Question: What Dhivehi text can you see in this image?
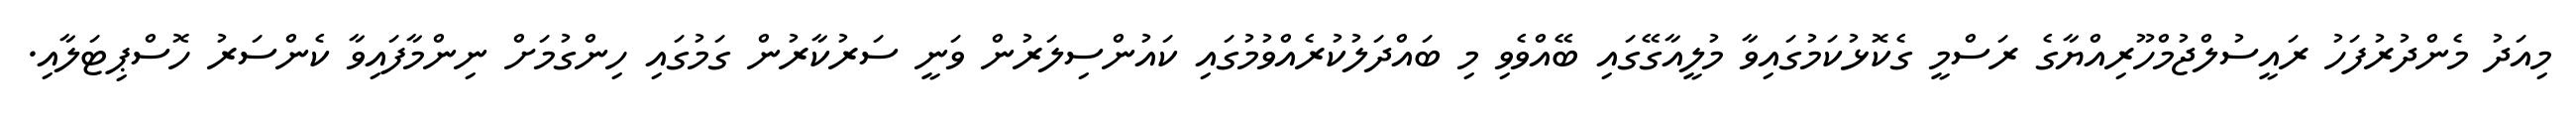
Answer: މިއަދު މެންދުރުފަހު ރައީސުލްޖުމްހޫރިއްޔާގެ ރަސްމީ ގެކޮޅުކަމުގައިވާ މުލީއާގޭގައި ބޭއްވެވި މި ބައްދަލުކުރެއްވުމުގައި ކައުންސިލަރުން ވަނީ ސަރުކާރުން ގަމުގައި ހިންގުމަށް ނިންމާފައިވާ ކެންސަރު ހޮސްޕިޓަލާއި.